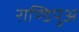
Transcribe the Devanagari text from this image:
राण्डिपुअ